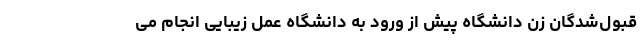
قبول‌شدگان زن دانشگاه پیش از ورود به دانشگاه عمل‌ زیبایی انجام می